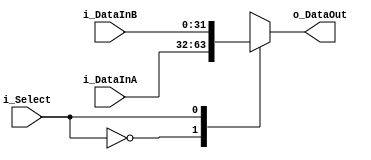
module mux2 (
    input    wire  [31:0]  i_DataInA  ,
    input    wire  [31:0]  i_DataInB  ,
    input    wire          i_Select   ,
    output   reg   [31:0]  o_DataOut 
    );

always @(*) 
    begin
        case (i_Select)
        1'b0:
            begin
                o_DataOut = i_DataInA ;
            end
        1'b1:
            begin
                o_DataOut = i_DataInB ;
            end
        default:
            begin
                o_DataOut = 32'b0 ;
            end
        endcase
    end
    
endmodule